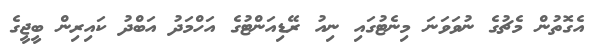
އެގޮތުން މެޗުގެ ނުވަވަނަ މިނެޓުގައި ނިއު ރޭޑިއަންޓުގެ އަހްމަދު އަބްދު ކައިރިން ބީޖީގެ